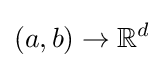
(a,b)\to \mathbb {R} ^{d}